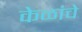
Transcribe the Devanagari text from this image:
केळांचे